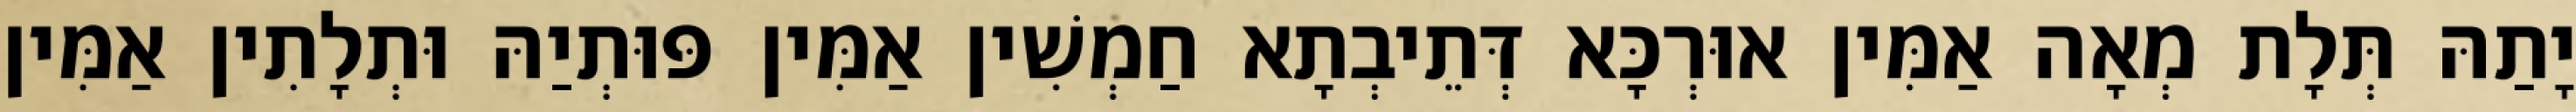
יָתַהּ תְּלָת מְאָה אַמִּין אוּרְכָּא דְּתֵיבְתָא חַמְשִׁין אַמִּין פּוּתְיַהּ וּתְלָתִין אַמִּין